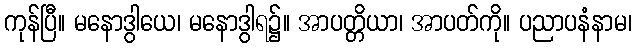
ကုန်ပြီ။ မနောဒွါယေ၊ မနောဒွါရ၌။ အာပတ္တိယာ၊ အာပတ်ကို။ ပညာပနံနာမ၊